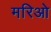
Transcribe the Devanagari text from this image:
मरिओ